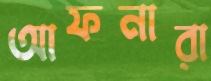
আফনারা